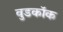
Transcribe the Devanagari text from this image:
वुडकॉक